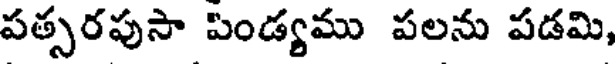
పత్సరపుసా పిండ్యము పలను పడమి,